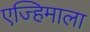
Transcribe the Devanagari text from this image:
एज्हिमाला